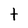
Character: t